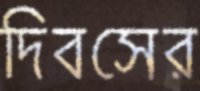
দিবসের